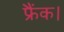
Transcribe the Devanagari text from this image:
फ्रैंक।